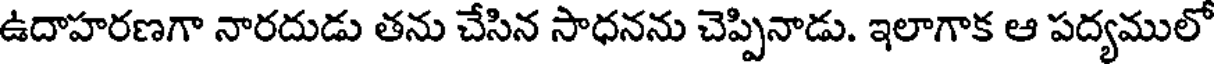
ఉదాహరణగా నారదుడు తను చేసిన సాధనను చెప్పినాడు. ఇలాగాక ఆ పద్యములో